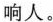
响人。